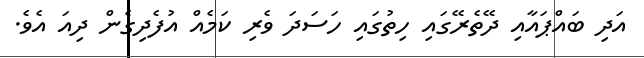
އަދި ބައްޕައާއި ދޭތެރޭގައި ހިތުގައި ހަސަދަ ވެރި ކަމެއް އުފެދިގެން ދިއަ އެވެ.